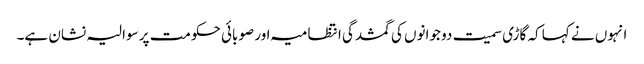
انہوں نے کہا کہ گاڑی سمیت دو جوانوں کی گمشدگی انتظامیہ اور صوبائی حکومت پر سوالیہ نشان ہے۔